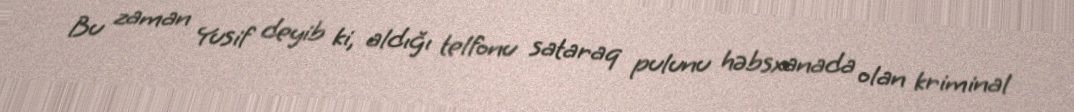
Bu zaman Yusif deyib ki, aldığı telfonu sataraq pulunu həbsxanada olan kriminal